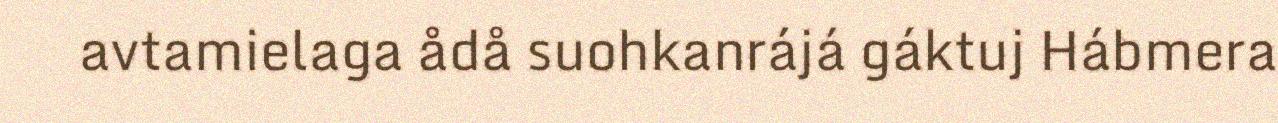
avtamielaga ådå suohkanrájá gáktuj Hábmera